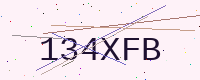
Text: 134XFB